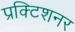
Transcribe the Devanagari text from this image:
प्रक्टिशनर